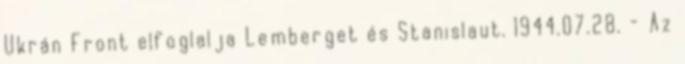
Ukrán Front elfoglalja Lemberget és Stanislaut. 1944.07.28. - Az